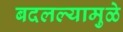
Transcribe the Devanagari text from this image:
बदलल्यामुळे